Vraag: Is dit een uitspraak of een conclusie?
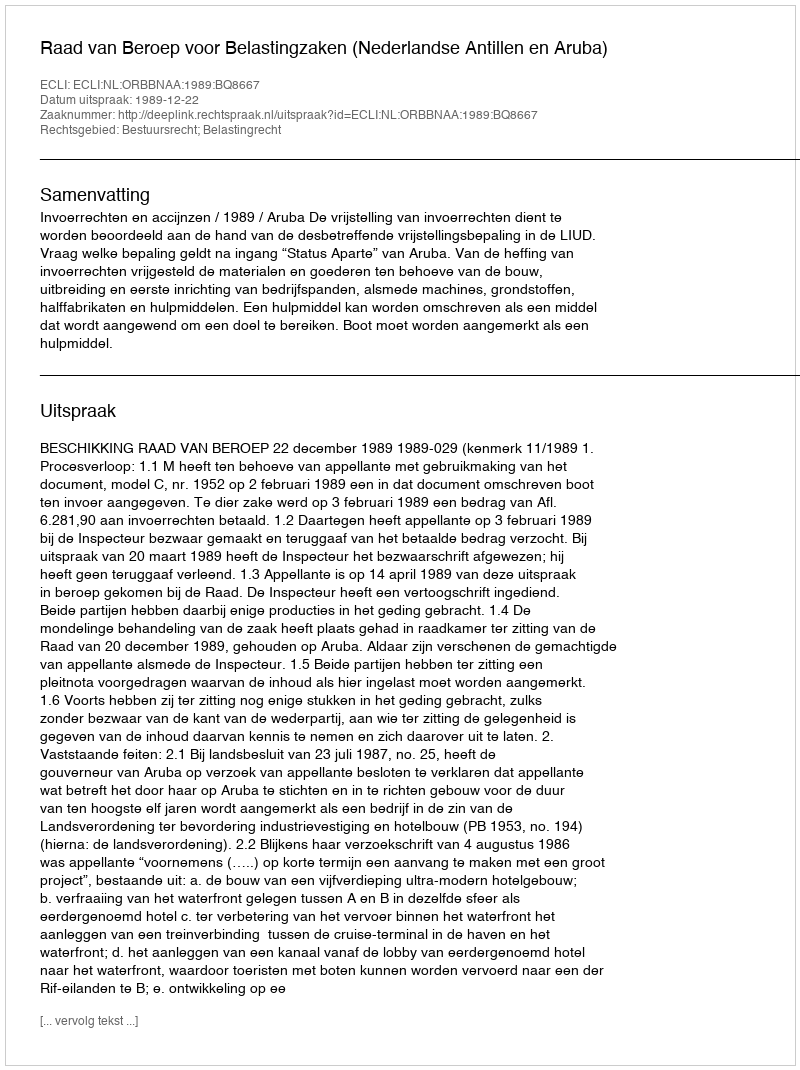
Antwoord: Uitspraak